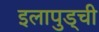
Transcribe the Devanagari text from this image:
इलापुड्ची